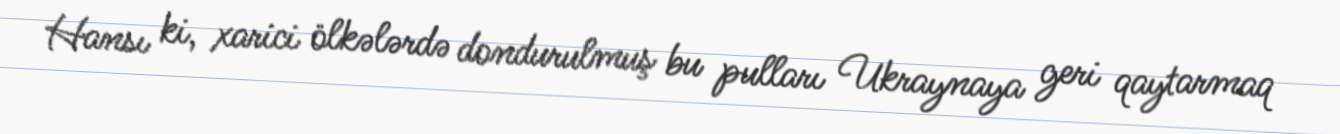
Hansı ki, xarici ölkələrdə dondurulmuş bu pulları Ukraynaya geri qaytarmaq